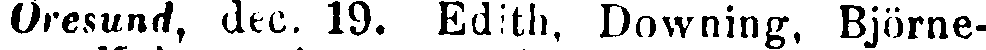
Öresund, dec. 19. Edith, Downing, Björne-